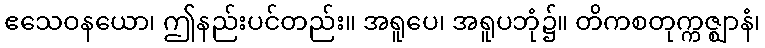
ဧသေဝနယော၊ ဤနည်းပင်တည်း။ အရူပေ၊ အရူပဘုံ၌။ တိကစတုက္ကဇ္ဈာနံ၊